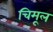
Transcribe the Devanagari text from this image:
चिमूल